65_HS1-834228961_62-HQ-83894_Section_2
Agency: FBI
Page 42
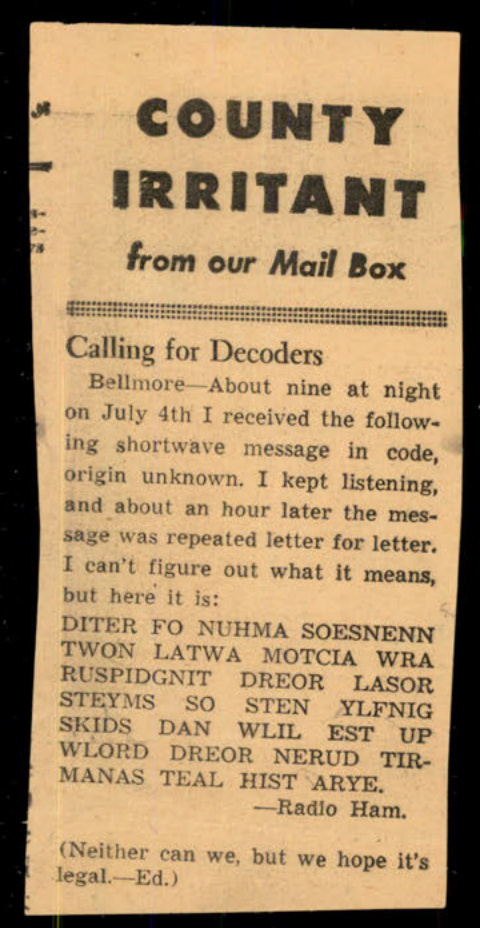